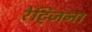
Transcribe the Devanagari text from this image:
रेट्जिना